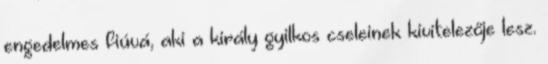
engedelmes fiúvá, aki a király gyilkos cseleinek kivitelezője lesz.